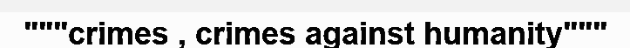
"""crimes , crimes against humanity"""